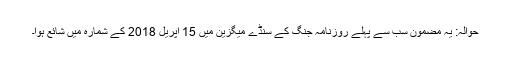
حوالہ: یہ مضمون سب سے پہلے روزنامہ جنگ کے سنڈے میگزین میں 15 اپریل 2018 کے شمارہ میں شائع ہوا۔